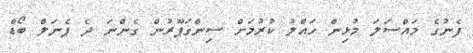
ފެނުގެ މައްސަލަ މުޅިން ހައްލު ކުރުމަށް ސިންގަޕޫރުން ގެންނަ ދެ ޕެނަލް ބޯޑް